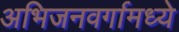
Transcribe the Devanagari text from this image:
अभिजनवर्गामध्ये